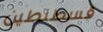
قسطنطين